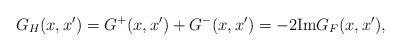
\begin{align*}G_H(x,x')=G^+(x,x')+G^-(x,x')=-2 {\rm Im} G_F(x,x'),\end{align*}